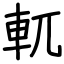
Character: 軏